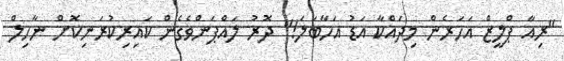
"ރިއާ ޕްލީޒް އަހަރެން މިދައްކާ އަޑު އަހާބަލަ!" ދޮރު ލައްޕަންވެގެން ކައިރިކުރަނިކޮށް ނާހިލް